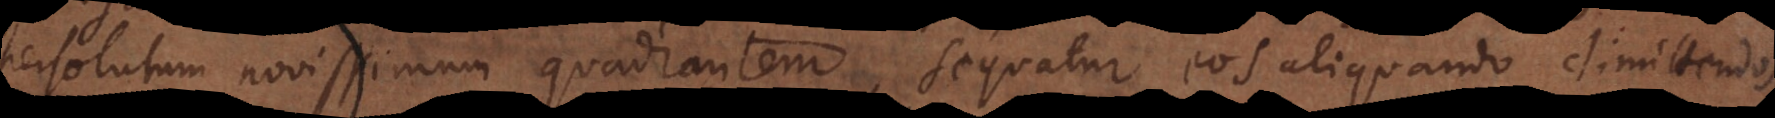
persolutum novissimum quadrantem, sequatur eos aliquando dimittendos,